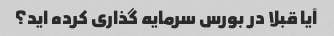
آیا قبلا در بورس سرمایه گذاری کرده اید؟